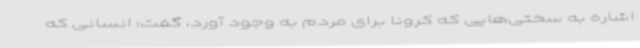
اشاره به‌ سختی‌هایی که کرونا برای مردم به وجود آورد، گفت: انسانی که